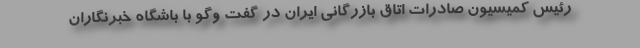
رئیس کمیسیون صادرات اتاق بازرگانی ایران در گفت وگو با باشگاه خبرنگاران